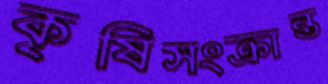
কৃষিসংক্রান্ত